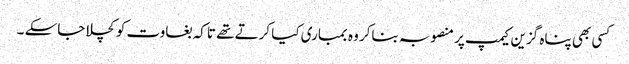
کسی بھی پناہ گزین کیمپ پر منصوبہ بناکر وہ بمباری کیا کرتے تھے تاکہ بغاوت کو کچلا جاسکے ۔